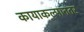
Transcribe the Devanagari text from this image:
कायाकल्पानंतर